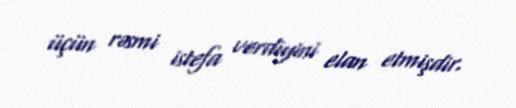
üçün rəsmi istefa verdiyini elan etmişdir.